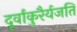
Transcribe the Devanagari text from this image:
दूर्वांकुरैर्यजति